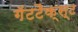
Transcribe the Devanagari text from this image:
गॅटटैक्स्ट